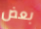
بعض